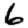
Digit: 6